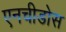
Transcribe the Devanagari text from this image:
एनचीडोस